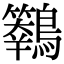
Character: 𪇙